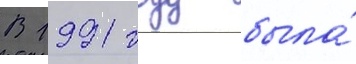
В 1991 году была́